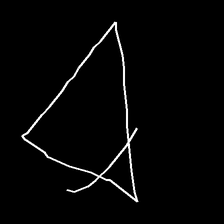
Glyph: empower